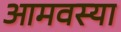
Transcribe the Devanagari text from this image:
आमवस्या